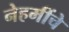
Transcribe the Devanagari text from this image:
नेहमींचे